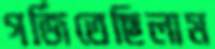
গর্জিতেছিলাম